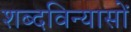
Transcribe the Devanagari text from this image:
शब्दविन्यासों